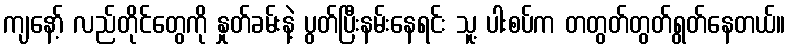
ကျနော့် လည်တိုင်တွေကို နှုတ်ခမ်းနဲ့ ပွတ်ပြီးနမ်းနေရင်း သူ့ ပါးစပ်က တတွတ်တွတ်ရွတ်နေတယ်။